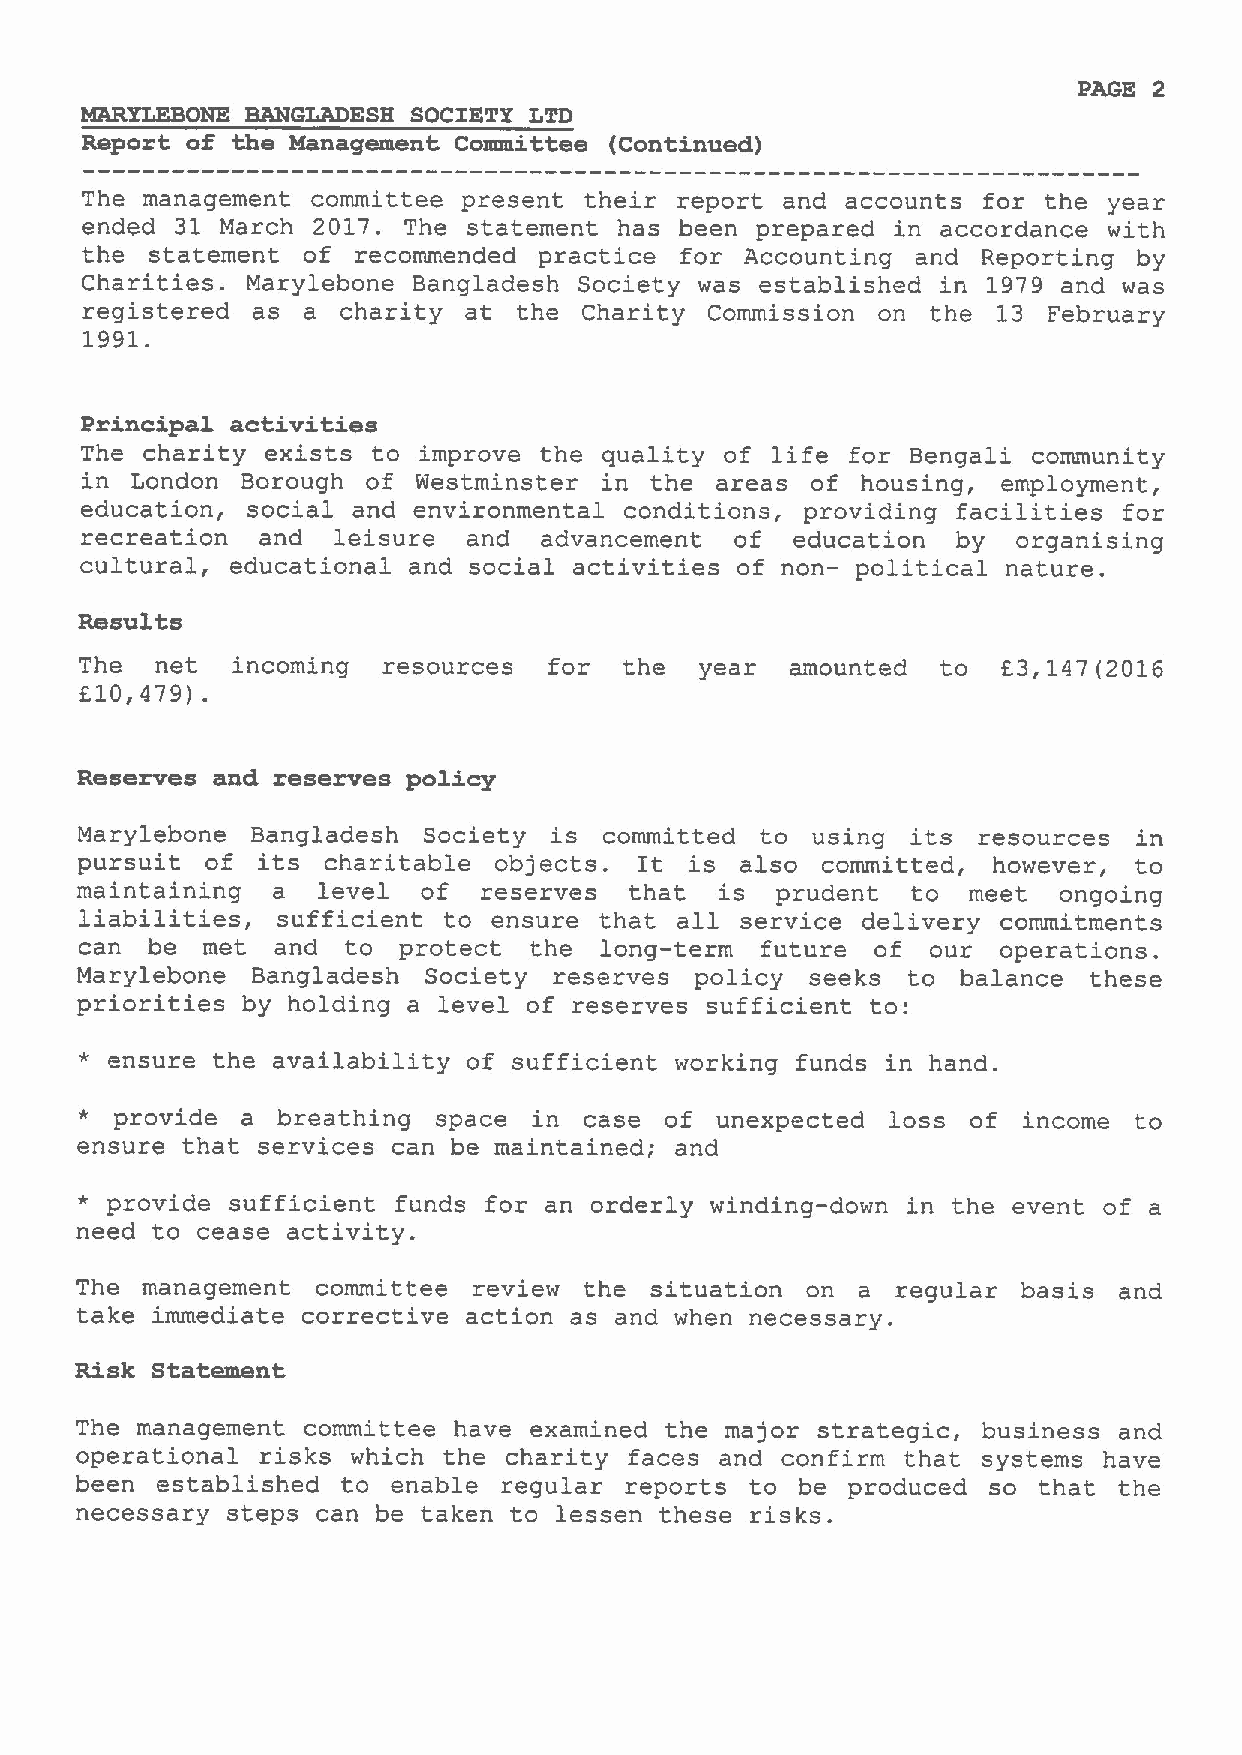
PAGE 2
 MARYLEBONE BANGLADESH SOCIETY LTD
 Report of the Management Committee (Continued)
 The management  committee present their report and accounts for the year
 ended  31 March 2017. The statement has been prepared in accordance with
 the  statement of recommended  practice for Accounting  and Reporting by
 Charities. Marylebone Bangladesh Society was established in 1979 and was
 registered  as a  charity at the  Charity Commission on  the 13 February
 1991.
 Principal activities
 The charity  exists to improve the quality of life for Bengali community
 in  London Borough of  Westminster in the areas  of housing, employment,
 education, social and environmental conditions, providing facilities for
 recreation  and  leisure  and  advancement  of  education by  organising
 cultural, educational and social activities of non- political nature.
 Results
 The  net  incoming  resources  for  the  year  amounted  to  63,147(2016
 610,479)
 ~
 Reserves and reserves policy
 Marylebone  Bangladesh Society is  committed to  using its  resources in
 pursuit  of its  charitable objects. It  is also committed,  however, to
 maintaining  a  level  of  reserves  that  is prudent  to  meet  ongoing
 liabilities, sufficient to  ensure that all service delivery commitments
 can  be met  and  to protect  the  long-term future  of  our operations.
 Marylebone  Bangladesh Society  reserves policy  seeks to  balance these
 priorities by holding a level of reserves sufficient to:
 * ensure the availability of sufficient working funds in hand.
 *  provide a breathing  space in  case of unexpected  loss of  income to
 ensure that services can be maintained; and
 * provide sufficient funds for an orderly winding-down in the event of a
 need to cease activity.
 The management  committee review  the situation on  a regular  basis and
 take immediate corrective action as and when necessary.
 Risk Statement
 The management committee have examined the major strategic, business and
 operational risks which the charity  faces and confirm that systems have
 been established  to enable regular reports  to be produced so  that the
 necessary steps can be taken to lessen these risks.